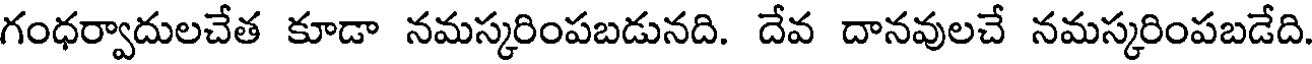
గంధర్వాదులచేత కూడా నమస్కరింపబడునది. దేవ దానవులచే నమస్కరింపబడేది.